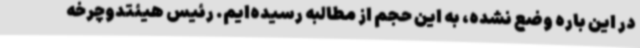
در این باره وضع نشده، ‌به این حجم از مطالبه رسیده‌ایم. رئیس هیئتدوچرخه